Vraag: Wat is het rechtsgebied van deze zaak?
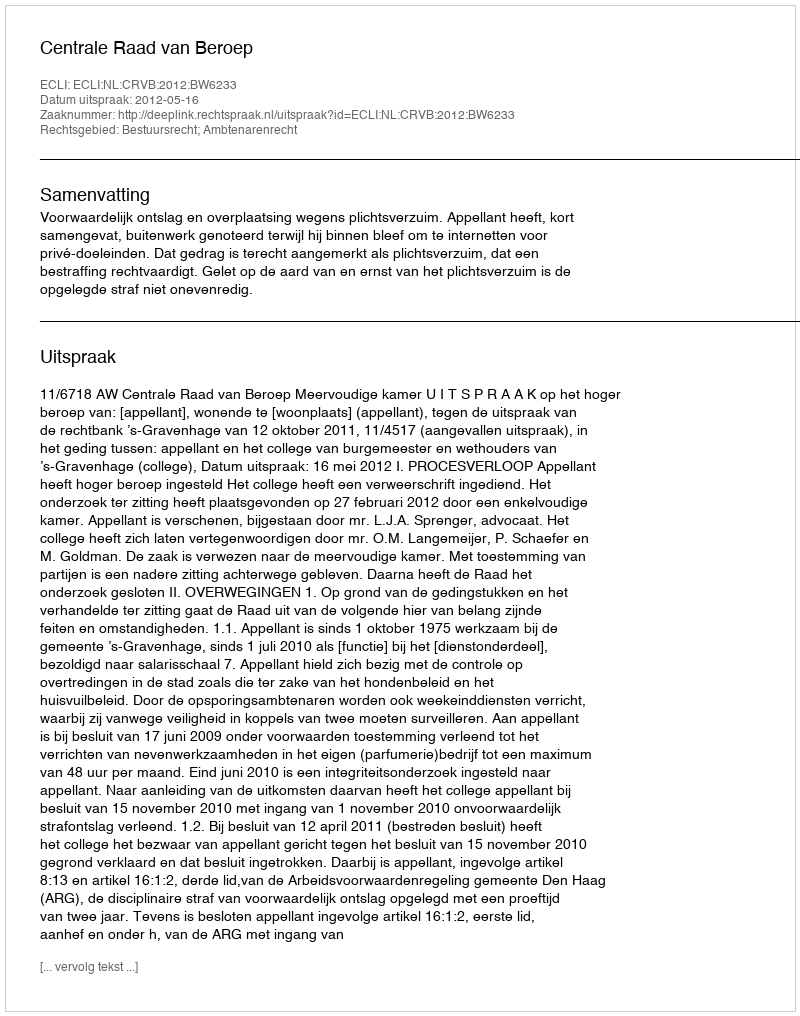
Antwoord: Bestuursrecht; Ambtenarenrecht